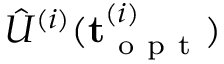
{ \hat { U } } ^ { ( i ) } ( \mathbf { t } _ { \mathrm { ~ o ~ p ~ t ~ } } ^ { ( i ) } )